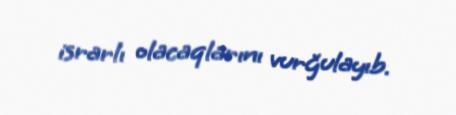
israrlı olacaqlarını vurğulayıb.